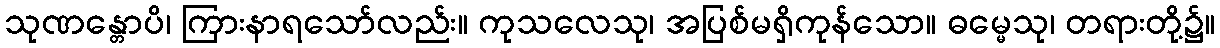
သုဏန္တောပိ၊ ကြားနာရသော်လည်း။ ကုသလေသု၊ အပြစ်မရှိကုန်သော။ ဓမ္မေသု၊ တရားတို့၌။